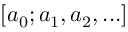
[ a _ { 0 } ; a _ { 1 } , a _ { 2 } , . . . ]